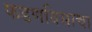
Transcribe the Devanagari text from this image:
फडणविसाचा